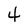
Character: 4